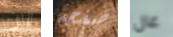
الان صفحه عال